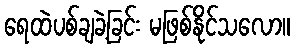
ရေထဲပစ်ချခဲ့ခြင်း မဖြစ်နိုင်သလော။